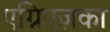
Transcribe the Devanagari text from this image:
एग्निएज़का